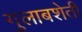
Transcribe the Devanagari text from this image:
गुलाबशेती